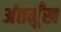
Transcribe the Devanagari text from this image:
अंतमुँख